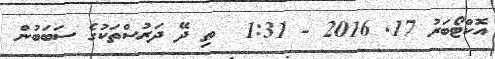
އޮކްޓޯބަރު 17